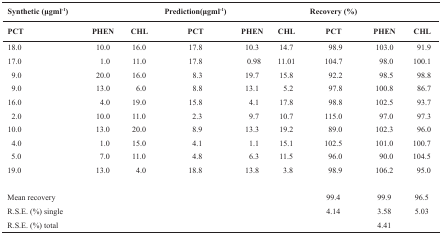
| Synthetic (μgml-1) | <COLSPAN=4> Prediction(μgml-1) | <COLSPAN=4> Recovery (%) |
 | PCT | PHEN | CHL | PCT | PHEN | CHL | PCT | PHEN | CHL |
 | --- | --- | --- | --- | --- | --- | --- | --- | --- |
 | 18.0 | 10.0 | 16.0 | 17.8 | 10.3 | 14.7 | 98.9 | 103.0 | 91.9 |
 | 17.0 | 1.0 | 11.0 | 17.8 | 0.98 | 11.01 | 104.7 | 98.0 | 100.1 |
 | 9.0 | 20.0 | 16.0 | 8.3 | 19.7 | 15.8 | 92.2 | 98.5 | 98.8 |
 | 9.0 | 13.0 | 6.0 | 8.8 | 13.1 | 5.2 | 97.8 | 100.8 | 86.7 |
 | 16.0 | 4.0 | 19.0 | 15.8 | 4.1 | 17.8 | 98.8 | 102.5 | 93.7 |
 | 2.0 | 10.0 | 11.0 | 2.3 | 9.7 | 10.7 | 115.0 | 97.0 | 97.3 |
 | 10.0 | 13.0 | 20.0 | 8.9 | 13.3 | 19.2 | 89.0 | 102.3 | 96.0 |
 | 4.0 | 1.0 | 15.0 | 4.1 | 1.1 | 15.1 | 102.5 | 101.0 | 100.7 |
 | 5.0 | 7.0 | 11.0 | 4.8 | 6.3 | 11.5 | 96.0 | 90.0 | 104.5 |
 | 19.0 | 13.0 | 4.0 | 18.8 | 13.8 | 3.8 | 98.9 | 106.2 | 95.0 |
 | Mean recovery |  |  |  |  |  | 99.4 | 99.9 | 96.5 |
 | R.S.E. (%) single |  |  |  |  |  | 4.14 | 3.58 | 5.03 |
 | R.S.E. (%) total |  |  |  |  |  |  | 4.41 |  |